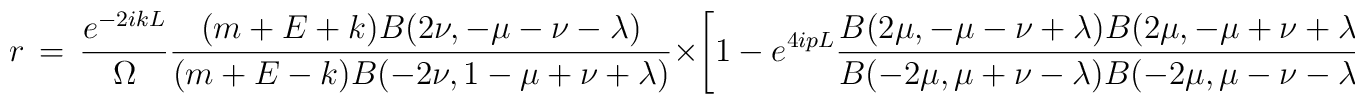
r\,=\,\frac{e^{-2ikL}}{\Omega}\frac{(m+E+k)B(2\nu,-\mu-\nu-\lambda)}{(m+E-k)B(-2\nu,1-\mu+\nu+\lambda)}\times \left[1-e^{4ipL}\frac{B(2\mu,-\mu-\nu+\lambda) B(2\mu,-\mu+\nu+\lambda)}{B(-2\mu,\mu+\nu-\lambda) B(-2\mu,\mu-\nu-\lambda)}\right]